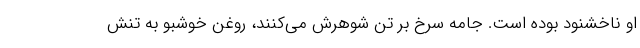
او ناخشنود بوده است. جامه سرخ بر تن شوهرش می‌کنند، روغن خوشبو به تنش